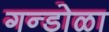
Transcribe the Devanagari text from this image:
गन्डोळा